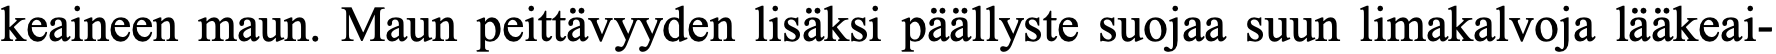
keaineen maun. Maun peittävyyden lisäksi päällyste suojaa suun limakalvoja lääkeai-